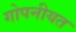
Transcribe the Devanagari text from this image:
गोपनीयत